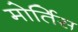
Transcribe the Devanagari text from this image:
मोर्तिस